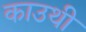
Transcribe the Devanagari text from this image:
काउथी